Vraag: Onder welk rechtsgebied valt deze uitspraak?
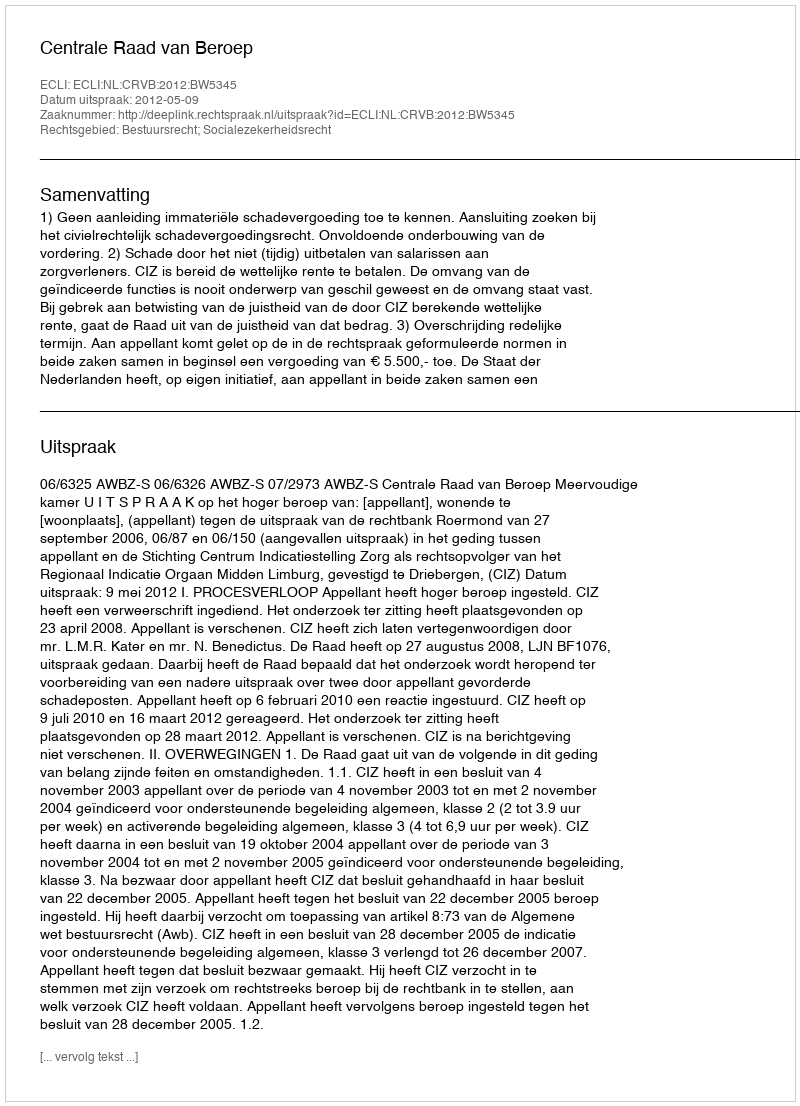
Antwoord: Bestuursrecht; Socialezekerheidsrecht